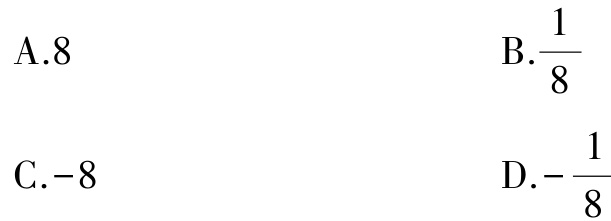
A.8

B.$\frac{1}{8}$

C.-8

D.$-\frac{1}{8}$